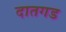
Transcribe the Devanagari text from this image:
दातगड